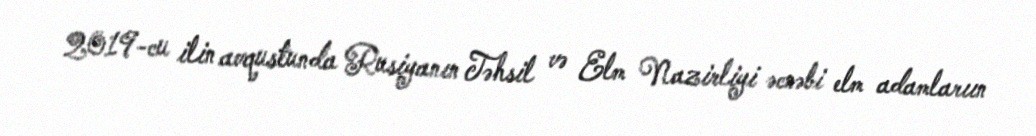
2019-cu ilin avqustunda Rusiyanın Təhsil və Elm Nazirliyi əcnəbi elm adamlarıın